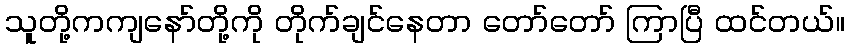
သူတို့ကကျနော်တို့ကို တိုက်ချင်နေတာ တော်တော် ကြာပြီ ထင်တယ်။